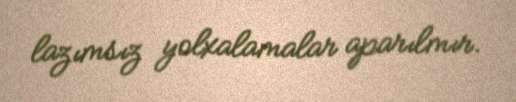
lazımsız yolxalamalar aparılmır.